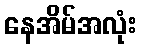
နေအိမ်အလုံး